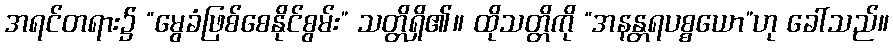
အရင်တရား၌ “မွေခံဖြစ်စေနိုင်စွမ်း” သတ္တိရှိ၏။ ထိုသတ္တိကို “အနန္တရပစ္စယော”ဟု ခေါ်သည်။